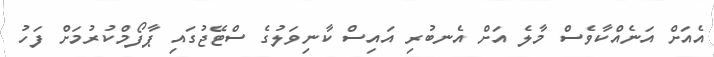
އެއަށް އަނެއްކާވެސް މާލެ އަށް އެނބުރި އައިސް ކާނިވަލުގެ ސްޓޭޖުގައި ޕާފޯމްކުރުމަށް ފަހު